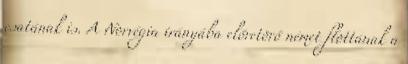
csatának is. A Norvégia irányába előretörő német flottának a